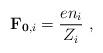
LaTeX: \begin{align*}\mathbf{F}_{\mathbf{0},i} = \frac{e n_i}{Z_i}\ ,\end{align*}